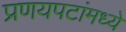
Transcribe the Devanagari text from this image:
प्रणयपटांमध्ये